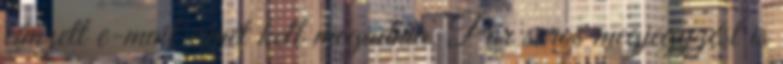
címzett e-mail címét kell megadnia. Pár soros megjegyzést is